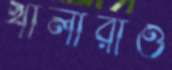
খালারাও